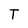
Character: T